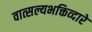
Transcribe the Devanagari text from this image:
वात्सल्यभक्तिव्दारे